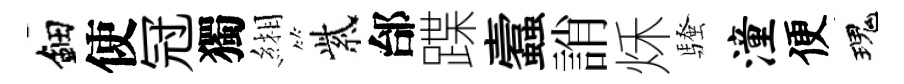
鈿使冠獨緗紫邰蹀蠧誚秌騷潼便瑰